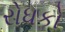
રોધકો